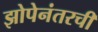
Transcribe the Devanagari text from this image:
झोपेनंतरची